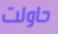
حاولت